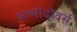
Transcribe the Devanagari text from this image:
अल्मोदोवर्स